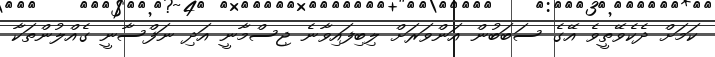
ކަމަށް ދެކެވޭތީވެ އޭގެ ސަބަބުން އަންވަރަށް ލިބިފައިވާނެ ޖިސްމާނީ އަދި ނަފްސާނީ ގެއްލުންތަކާ